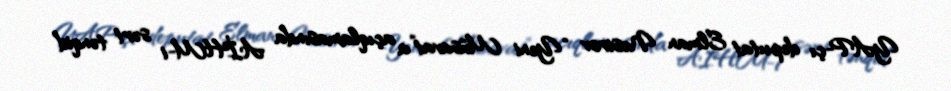
YAP-çı deputat Elman Nəsirov “Yeni Müsavat”a açıqlamasında AİHM-i sərt tənqid